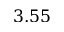
3 . 5 5